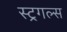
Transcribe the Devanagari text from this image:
स्ट्रगल्स